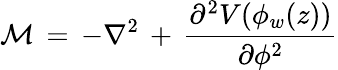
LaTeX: {\cal M}\, =\, -\nabla^{2}\, +\, \frac{\partial^{2}V(\phi_{w}(z))}{\partial\phi^{2}}